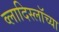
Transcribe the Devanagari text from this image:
व्लादिस्लॉच्या